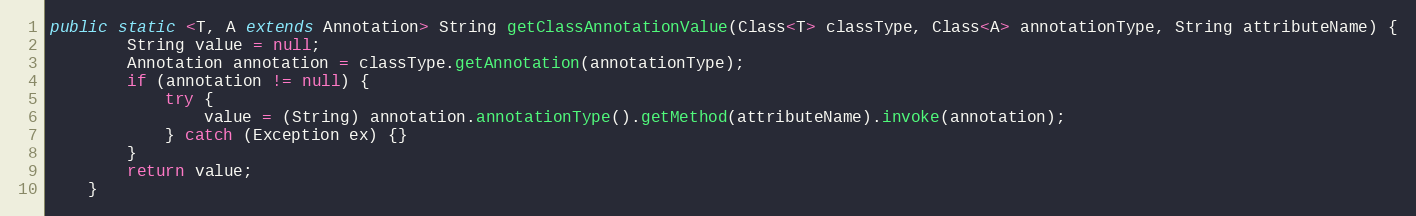
Language: Java
public static <T, A extends Annotation> String getClassAnnotationValue(Class<T> classType, Class<A> annotationType, String attributeName) {
		String value = null;
		Annotation annotation = classType.getAnnotation(annotationType);
		if (annotation != null) {
			try {
				value = (String) annotation.annotationType().getMethod(attributeName).invoke(annotation);
			} catch (Exception ex) {}
		}
		return value;
	}